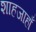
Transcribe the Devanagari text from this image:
शाहजाहाँ